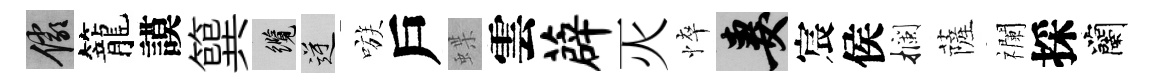
儼籠謨簨纜逆嗾戶蝶雲薜灭悴妻宸侯攔薩襴採蘭